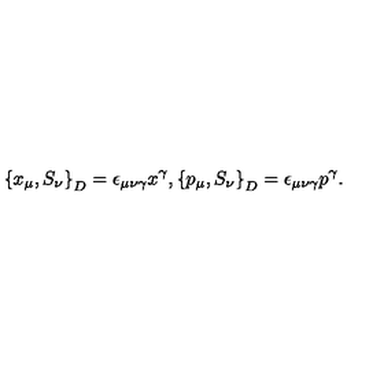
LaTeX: \left\{ x _ { \mu } , S _ { \nu } \right\} _ { D } = \epsilon _ { \mu \nu \gamma } x ^ { \gamma } , \left\{ p _ { \mu } , S _ { \nu } \right\} _ { D } = \epsilon _ { \mu \nu \gamma } p ^ { \gamma } .